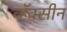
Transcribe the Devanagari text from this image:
व्हॅक्सीन